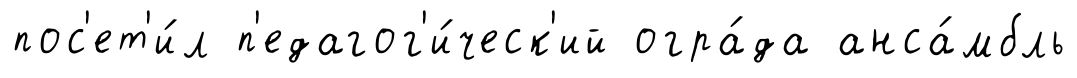
пос'ет'и́л п'едагог'и́ческ'ий огра́да анса́мбль